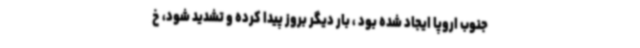
جنوب اروپا ایجاد شده بود ، بار دیگر بروز پیدا کرده و تشدید شود، خ